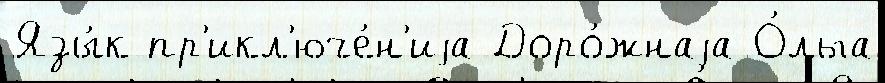
Язы́к пр'икл'юче́н'иjа Доро́жнаjа О́льга